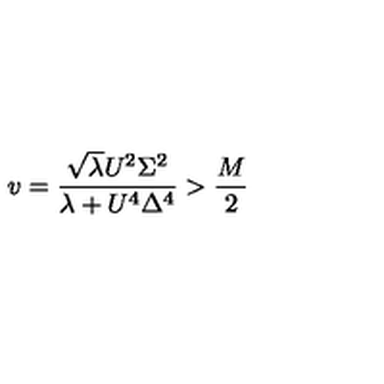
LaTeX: v = \frac { \sqrt { \lambda } U ^ { 2 } \Sigma ^ { 2 } } { \lambda + U ^ { 4 } \Delta ^ { 4 } } > \frac { M } { 2 }